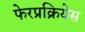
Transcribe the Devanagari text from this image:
फेरप्रक्रियेस